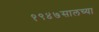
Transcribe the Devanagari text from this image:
१९४७सालच्या